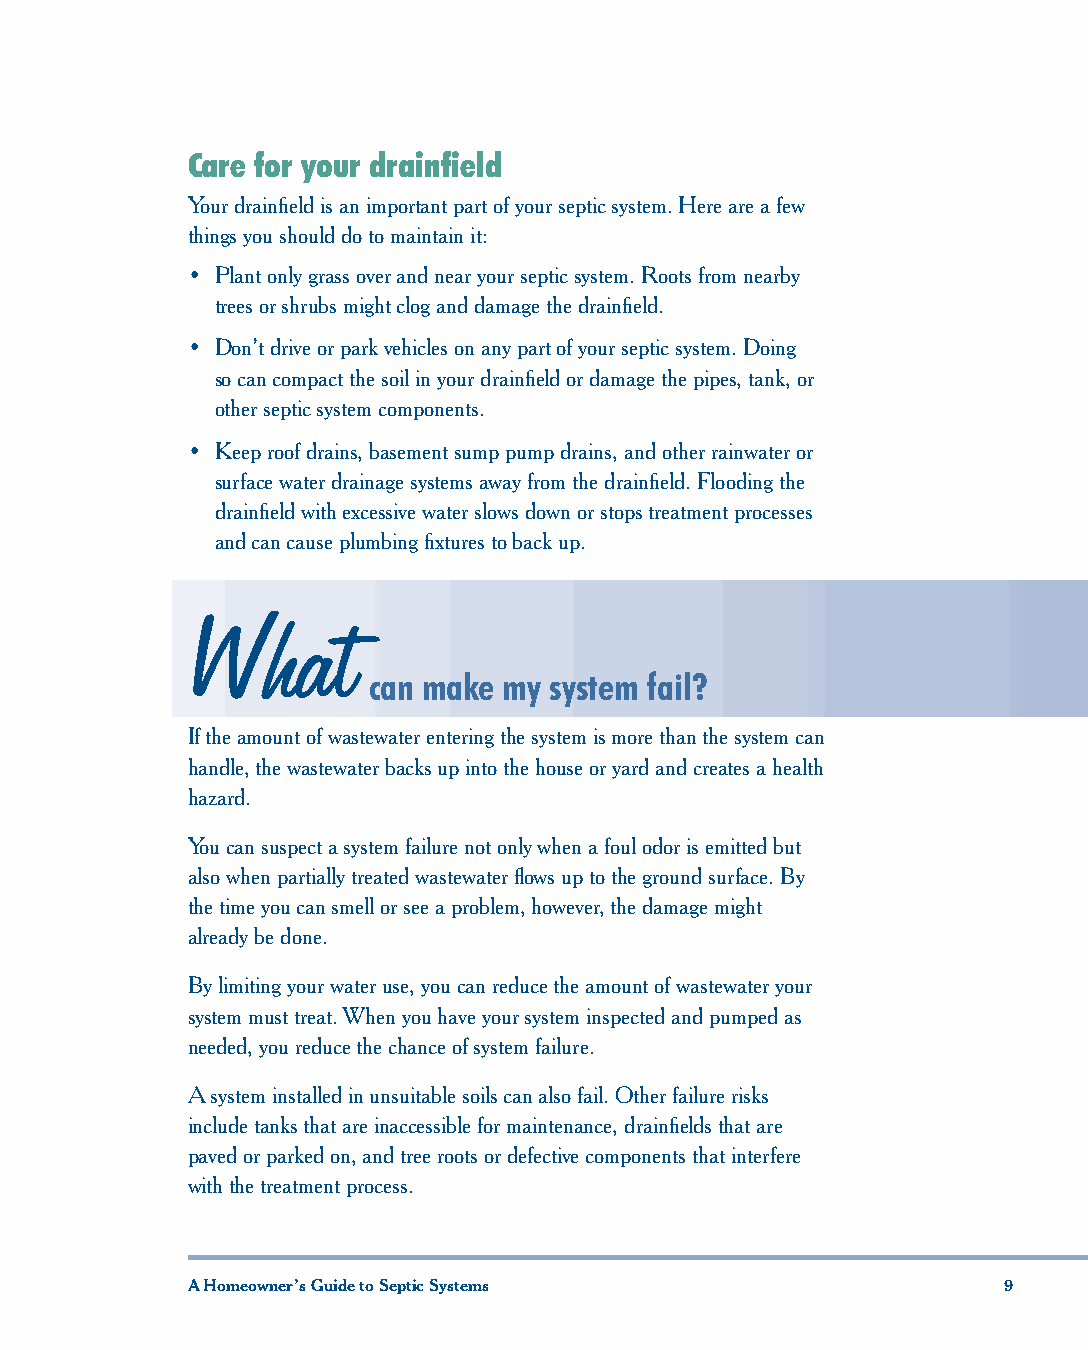
Care for your drainfield
 Your drainfield is an important part of your septic system. Here are a few
 things you should do to maintain it:
 • Plant only grass over and near your septic system. Roots from nearby
 trees or shrubs might clog and damage the drainfield.
 • Don’t drive or park vehicles on any part of your septic system. Doing
 so can compact the soil in your drainfield or damage the pipes, tank, or
 other septic system components.
 • Keep roof drains, basement sump pump drains, and other rainwater or
 surface water drainage systems away from the drainfield. Flooding the
 drainfield with excessive water slows down or stops treatment processes
 and can cause plumbing fixtures to back up.
 What
 can make my system fail?
 If the amount of wastewater entering the system is more than the system can
 handle, the wastewater backs up into the house or yard and creates a health
 hazard.
 You can suspect a system failure not only when a foul odor is emitted but
 also when partially treated wastewater flows up to the ground surface. By
 the time you can smell or see a problem, however, the damage might
 already be done.
 By limiting your water use, you can reduce the amount of wastewater your
 system must treat. When you have your system inspected and pumped as
 needed, you reduce the chance of system failure.
 A system installed in unsuitable soils can also fail. Other failure risks
 include tanks that are inaccessible for maintenance, drainfields that are
 paved or parked on, and tree roots or defective components that interfere
 with the treatment process.
 8 A Homeowner’s Guide to Septic Systems A Homeowner’s Guide to Septic Systems 9